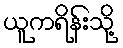
ယူကရိန်းသို့